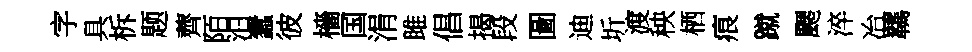
字具柝题薺陌汨蠧彼檣国涓雎倡揭段圖迪圻渡秧栖痕蹴颸淬冶羈